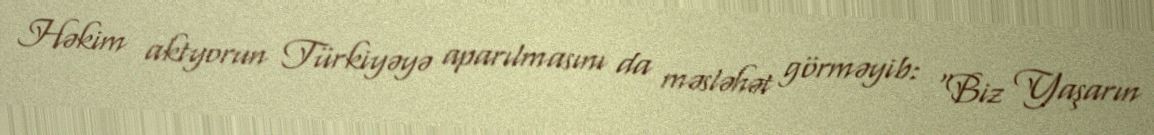
Həkim aktyorun Türkiyəyə aparılmasını da məsləhət görməyib: “Biz Yaşarın